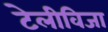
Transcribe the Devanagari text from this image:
टेलीविजा